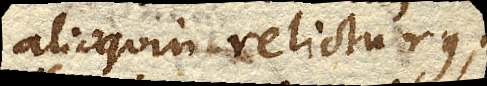
alioquin relicturus.